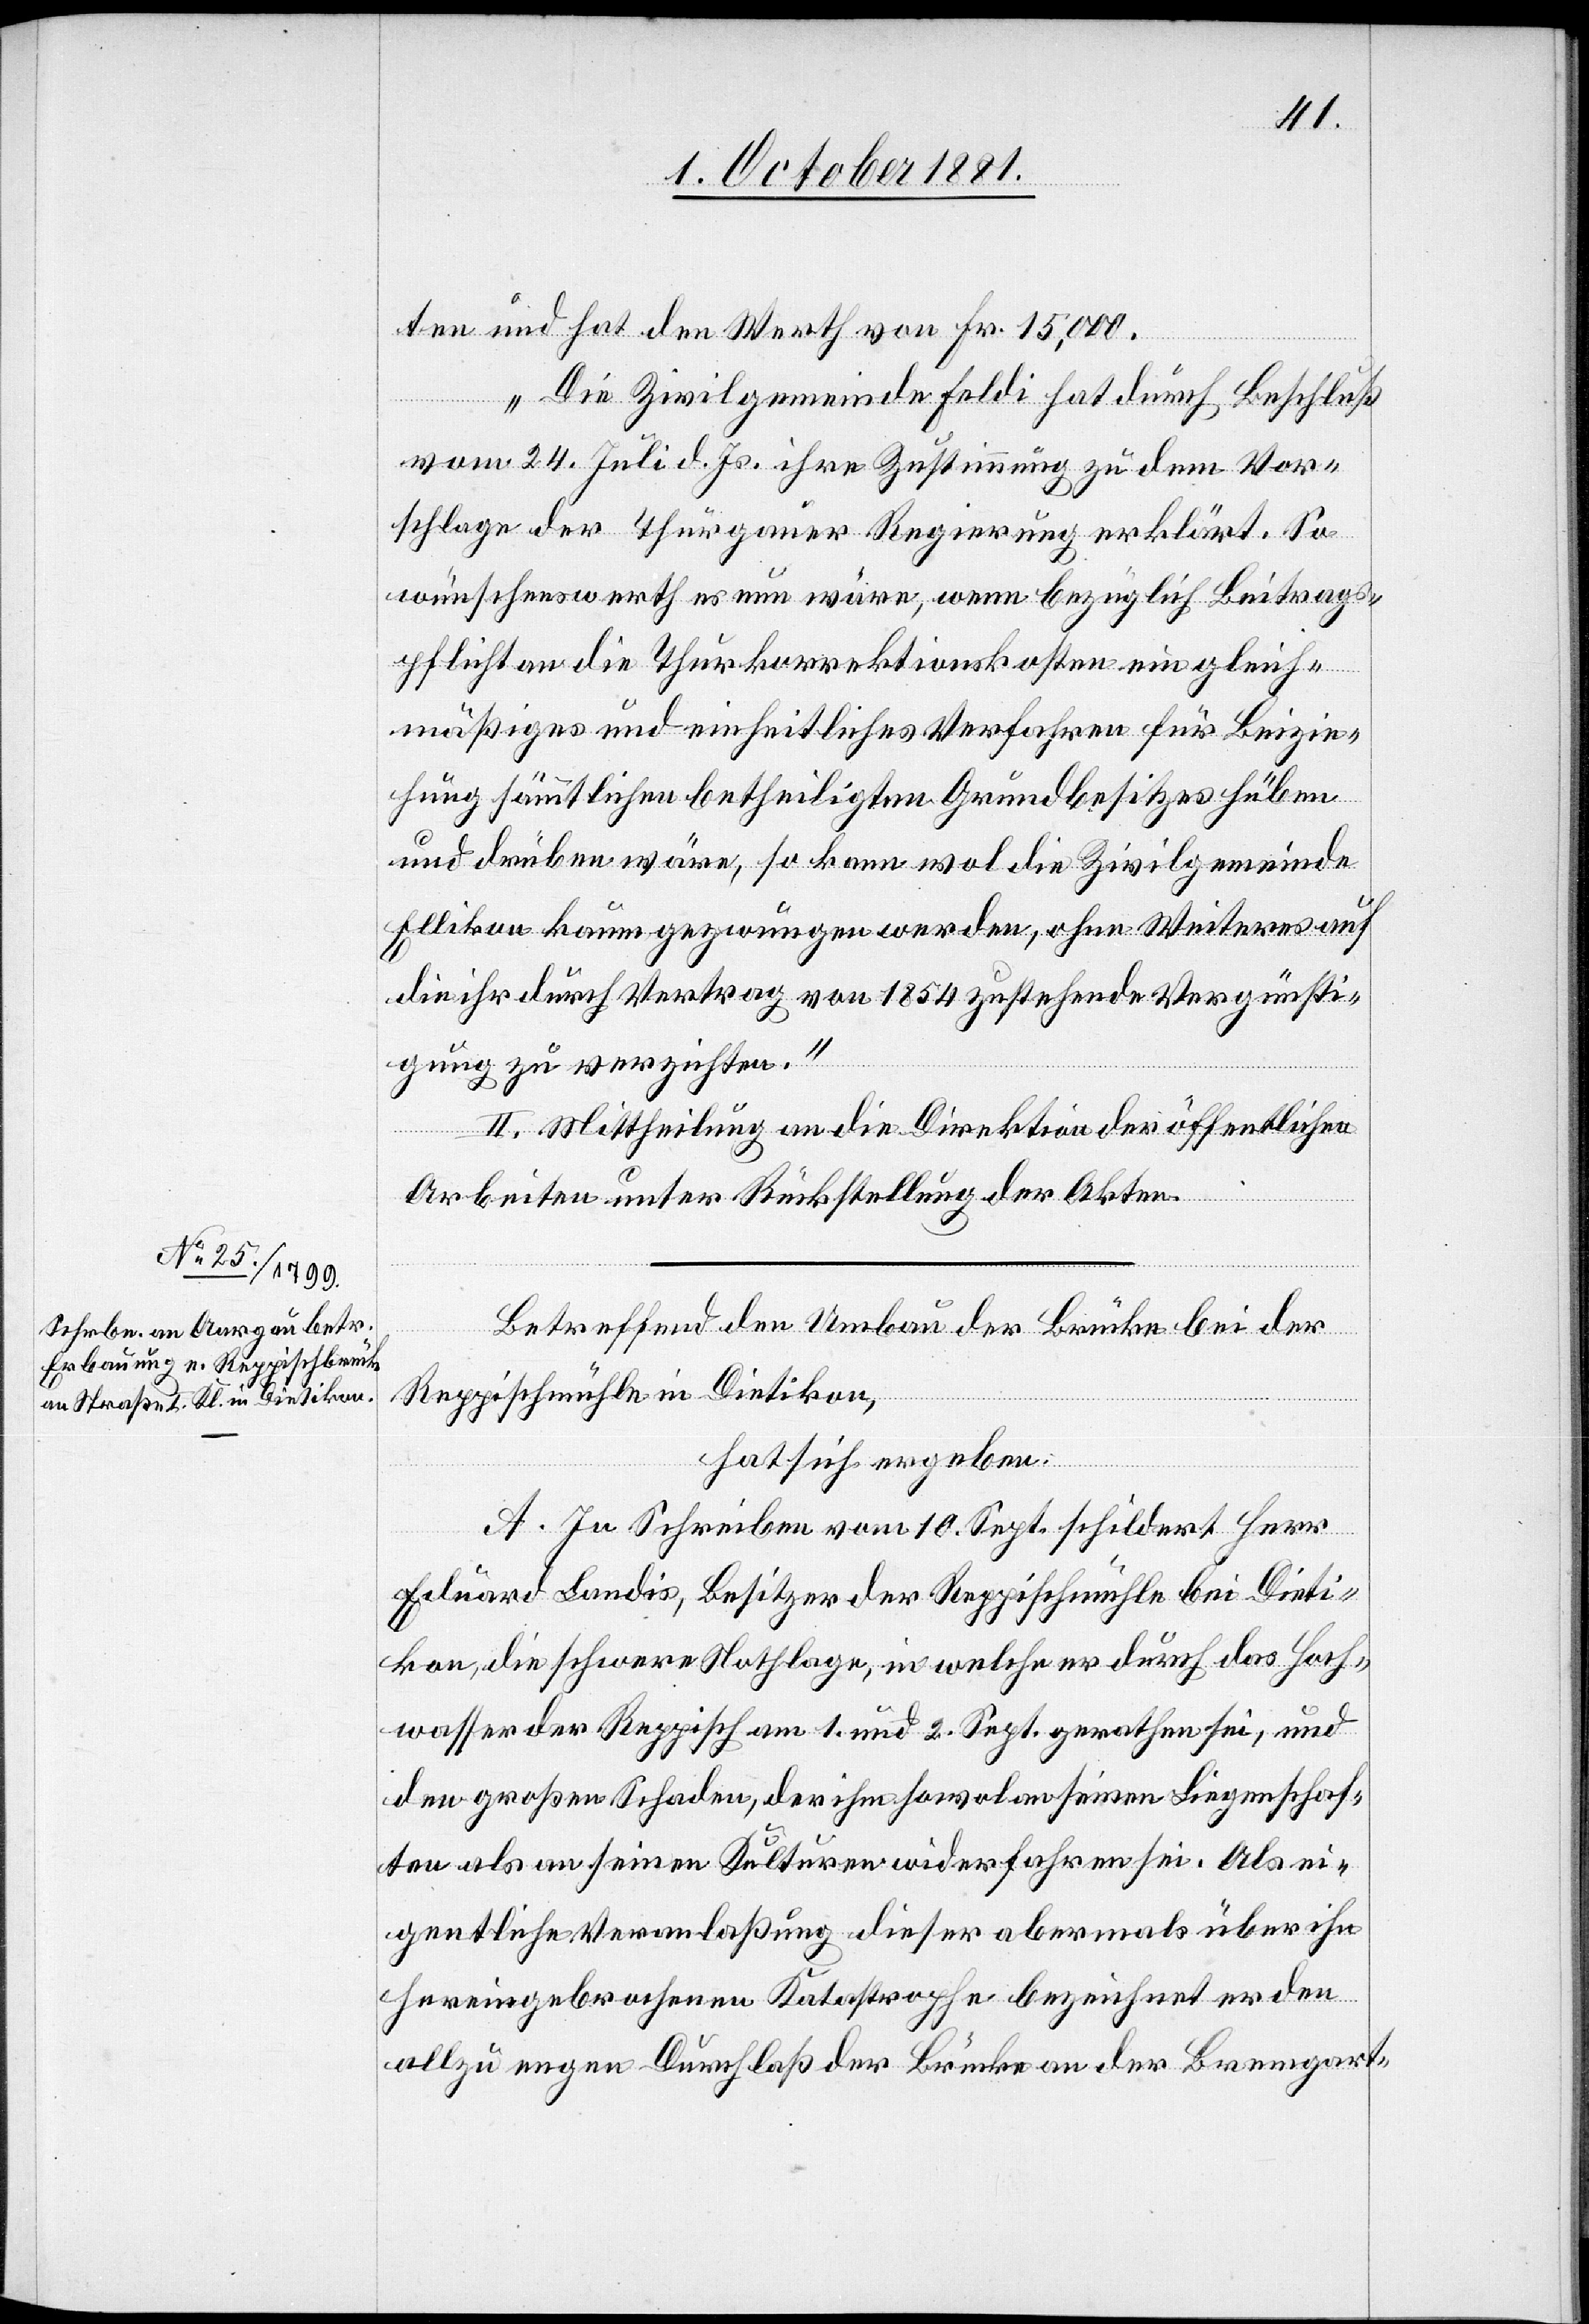
ten und hat den Werth von Fr. 15,000.
Die Zivilgemeinde Feldi hat durch Beschluß
vom 24. Juli d. Js. ihre Zustimmung zu dem Vor¬
schlage der Thurgauer Regierung erklärt. So
wünschenswerth es nun wäre, wenn bezüglich Beitrag¬
spflicht an die Thurkorrektionskosten ein gleich¬
mäßiges und einheitliches Verfahren für Beizie¬
hung sämmtlichen betheiligten Grundbesitzes hüben
und drüben wäre, so kann wol die Zivilgemeinde
Ellikon kaum gezwungen werden, ohne Weiteres auf
die ihr durch Vertrag von 1854 zustehende Vergünsti¬
gung zu verzichten.“
II. Mittheilung an die Direktion der öffentlichen
Arbeiten unter Rückstellung der Akten.
Betreffend den Umbau der Brücke bei der
Reppischmühle in Dietikon,
hat sich ergeben:
A. In Schreiben vom 10. Sept. schildert Herr
Eduard Landis, Besitzer der Reppischmühle bei Dieti¬
kon, die schwere Nothlage, in welche er durch das Hoch¬
wasser der Reppisch am 1. und 2. Sept. gerathen sei, und
den großen Schaden, der ihm sowol an seinen Liegenschaf¬
ten als an seinen Kulturen widerfahren sei. Als ei¬
gentliche Veranlaßung dieser abermals über ihn
hereingebrochenen Katastrophe bezeichnet er den
allzu engen Durchlaß der Brücke an der Bremgart-